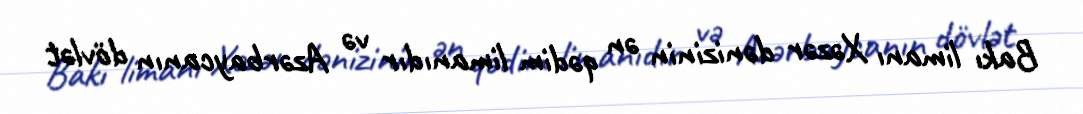
Bakı limanı Xəzər dənizinin ən qədim limanıdır və Azərbaycanın dövlət